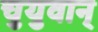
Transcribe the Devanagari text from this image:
चुयुवान्